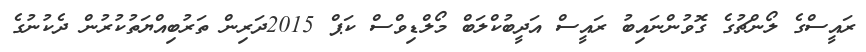
ރައީސްގެ ލޯންޗުގެ ގޮވުންނައިބު ރައީސް އަދީބުކްލަބް މޯލްޑިވްސް ކަޕް 2015ދަރިން ތަރުބިއްޔަތުކުރުން ދެކުނުގެ